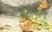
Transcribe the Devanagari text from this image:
खलीफांनी